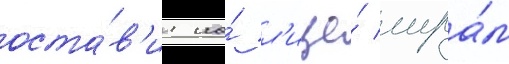
оста́в'ил на́ л'ице́ шра́м